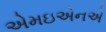
એમઇએનએ